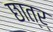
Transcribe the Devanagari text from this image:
छात्र्